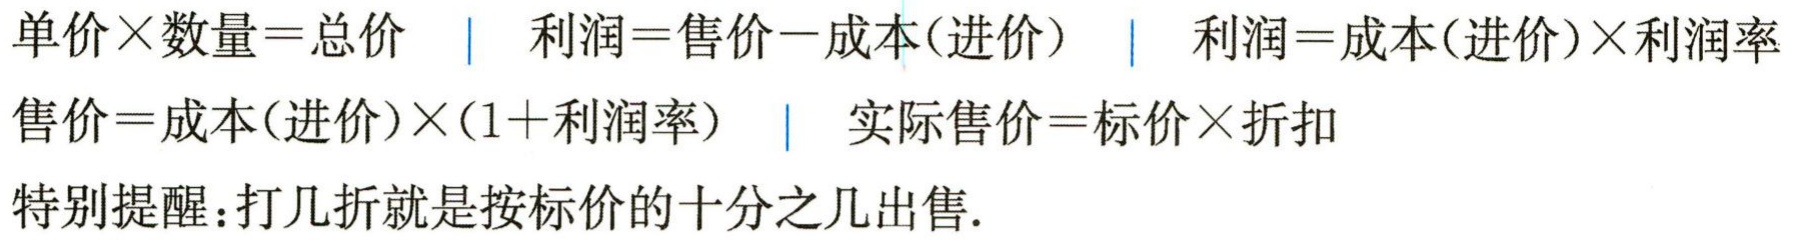
单价×数量=总价 | 利润=售价−成本(进价) | 利润=成本(进价)×利润率

售价=成本(进价)×(1+利润率) | 实际售价=标价×折扣

特别提醒：打几折就是按标价的十分之几出售.